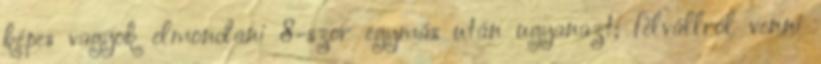
képes vagyok elmondani 8-szor egymás után ugyanazt; félvállról venni